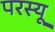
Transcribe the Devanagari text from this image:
परस्यू